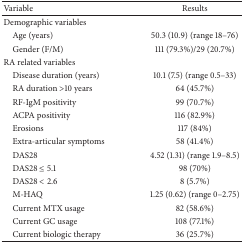
<table><thead><tr><td><b>Variable</b></td><td><b>Results</b></td></tr></thead><tbody><tr><td>Demographic variables</td><td> </td></tr><tr><td> Age (years)</td><td>50.3 (10.9) (range 18–76)</td></tr><tr><td> Gender (F/M)</td><td>111 (79.3%)/29 (20.7%)</td></tr><tr><td>RA related variables</td><td> </td></tr><tr><td> Disease duration (years)</td><td>10.1 (7.5) (range 0.5–33)</td></tr><tr><td> RA duration &gt;10 years</td><td>64 (45.7%)</td></tr><tr><td> RF-IgM positivity</td><td>99 (70.7%)</td></tr><tr><td> ACPA positivity</td><td>116 (82.9%)</td></tr><tr><td> Erosions</td><td>117 (84%)</td></tr><tr><td> Extra-articular symptoms</td><td>58 (41.4%)</td></tr><tr><td> DAS28 </td><td>4.52 (1.31) (range 1.9–8.5)</td></tr><tr><td> DAS28 ≤ 5.1</td><td>98 (70%)</td></tr><tr><td> DAS28 &lt; 2.6</td><td>8 (5.7%)</td></tr><tr><td> M-HAQ</td><td>1.25 (0.62) (range 0–2.75)</td></tr><tr><td> Current MTX usage</td><td>82 (58.6%)</td></tr><tr><td> Current GC usage</td><td>108 (77.1%)</td></tr><tr><td> Current biologic therapy</td><td>36 (25.7%)</td></tr></tbody></table>